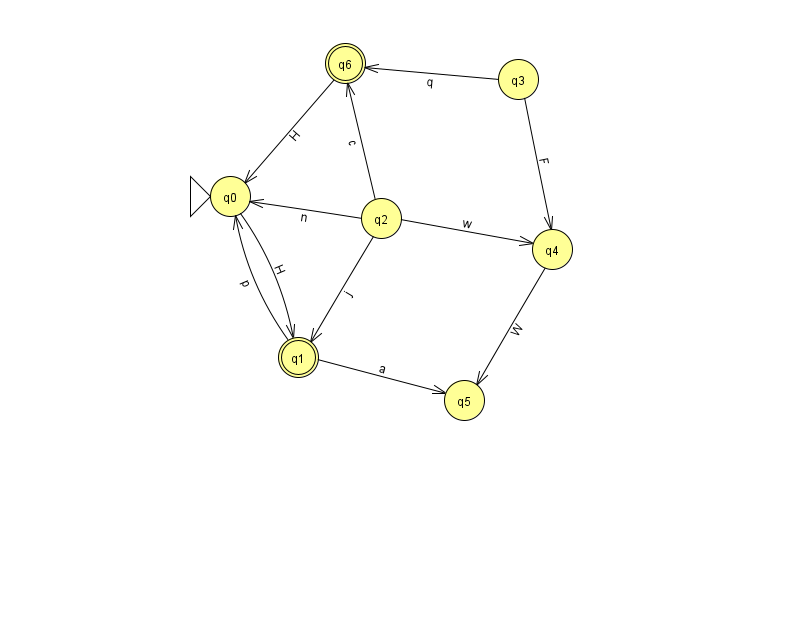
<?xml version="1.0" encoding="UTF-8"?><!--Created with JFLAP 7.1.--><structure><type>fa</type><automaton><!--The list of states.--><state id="0" name="q0"><x>230.0</x><y>183.0</y><initial/></state><state id="1" name="q1"><x>298.0</x><y>344.0</y><final/></state><state id="2" name="q2"><x>381.0</x><y>205.0</y></state><state id="3" name="q3"><x>518.0</x><y>66.0</y></state><state id="4" name="q4"><x>552.0</x><y>236.0</y></state><state id="5" name="q5"><x>464.0</x><y>387.0</y></state><state id="6" name="q6"><x>345.0</x><y>50.0</y><final/></state><!--The list of transitions.--><transition><from>2</from><to>0</to><read>n</read></transition><transition><from>1</from><to>0</to><read>p</read></transition><transition><from>1</from><to>5</to><read>a</read></transition><transition><from>2</from><to>4</to><read>w</read></transition><transition><from>2</from><to>1</to><read>j</read></transition><transition><from>3</from><to>4</to><read>F</read></transition><transition><from>2</from><to>6</to><read>c</read></transition><transition><from>0</from><to>1</to><read>H</read></transition><transition><from>6</from><to>0</to><read>H</read></transition><transition><from>3</from><to>6</to><read>q</read></transition><transition><from>4</from><to>5</to><read>W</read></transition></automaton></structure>